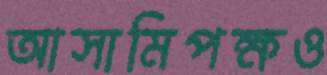
আসামিপক্ষও